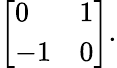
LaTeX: \left[\begin{array}{ll}{0}&{1}\\ {-1}&{0}\end{array}\right].